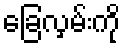
ခြေလှမ်းကို